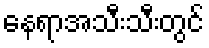
နေရာအသီးသီးတွင်